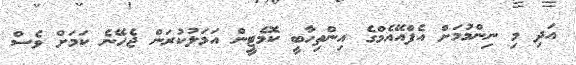
އަދި މި ނިންމުމަށް އެފްއޭއެމްގެ އިންތިހާބީ ކޮމެޓީން އަމަލުކުރަން ޖެހޭނެ ކަމަށް ވެސް